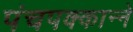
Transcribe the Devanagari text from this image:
पंचपक्कान्ने